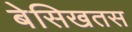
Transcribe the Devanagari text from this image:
बेसिखतस